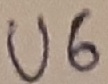
Text: U6